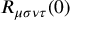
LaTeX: R _ { \mu \sigma \nu \tau } ( 0 )